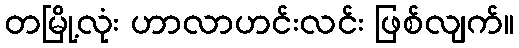
တမြို့လုံး ဟာလာဟင်းလင်း ဖြစ်လျက်။